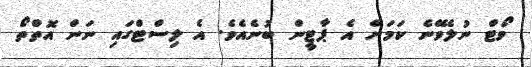
ވޯޓް ނުލެވޭނެ ކަމަށް އެ ޕާޓީން ބުނެއެވެ. އެ ލިސްޓްގައި ނަން އޮތްތޯ